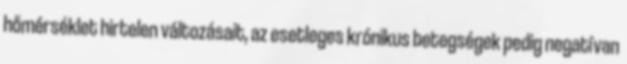
hőmérséklet hirtelen változásait, az esetleges krónikus betegségek pedig negatívan